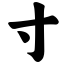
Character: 寸